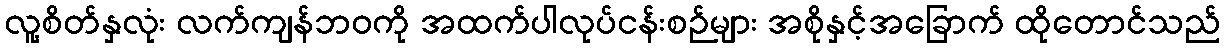
လူ့စိတ်နှလုံး လက်ကျန်ဘဝကို အထက်ပါလုပ်ငန်းစဉ်များ အစိုနှင့်အခြောက် ထိုတောင်သည်